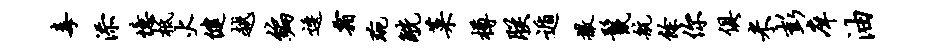
毒添忆柢火健越编逶霜琬觥菜樽朕遁撒鬣航余你俱米彭庠油